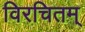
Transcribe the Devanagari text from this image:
विरचितम्